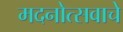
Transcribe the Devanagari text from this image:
मदनोत्सवाचे